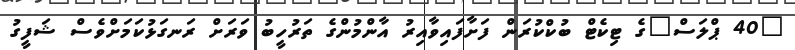
"40 ޕްލަސް"ގެ ޓިކެޓް ބުކްކުރަން ފަށާފައިވާއިރު އާންމުންގެ ތަރުހީބު ވަރަށް ރަނގަޅުކަމަށްވެސް ޝަފީގު